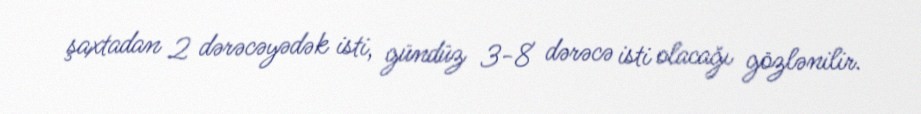
şaxtadan 2 dərəcəyədək isti, gündüz 3-8 dərəcə isti olacağı gözlənilir.